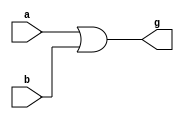
module or_function(a, b, g);
    input [15:0] a, b;
    output [15:0] g;

    assign g = a | b;

endmodule